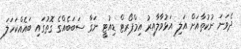
ދެވަނަ ނުކުތާއަށް އަލި އަޅުވާލާއިރު އިމްޕޯރޓް ޑިއުޓީ ނަގާ ސަބަބެއްގެ ގޮތުގައި ބައެއްކަހަލަ